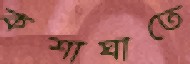
কশাঘাতে